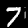
Digit: 7